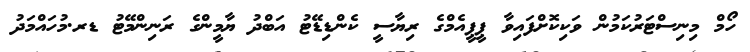
ހޯމް މިނިސްޓަރުކަމުން ވަކިކޮށްފައިވާ ޕީޕީއެމްގެ ރިޔާސީ ކެންޑިޑޭޓު އަބްދު ޔާމީންގެ ރަނިންމޭޓު ޑރ.މުހައްމަދު